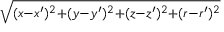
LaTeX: \scriptstyle { \sqrt { ( x - x ^ { \prime } ) ^ { 2 } + ( y - y ^ { \prime } ) ^ { 2 } + ( z - z ^ { \prime } ) ^ { 2 } + ( r - r ^ { \prime } ) ^ { 2 } } }